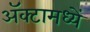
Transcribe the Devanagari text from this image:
अॅक्टामध्यें